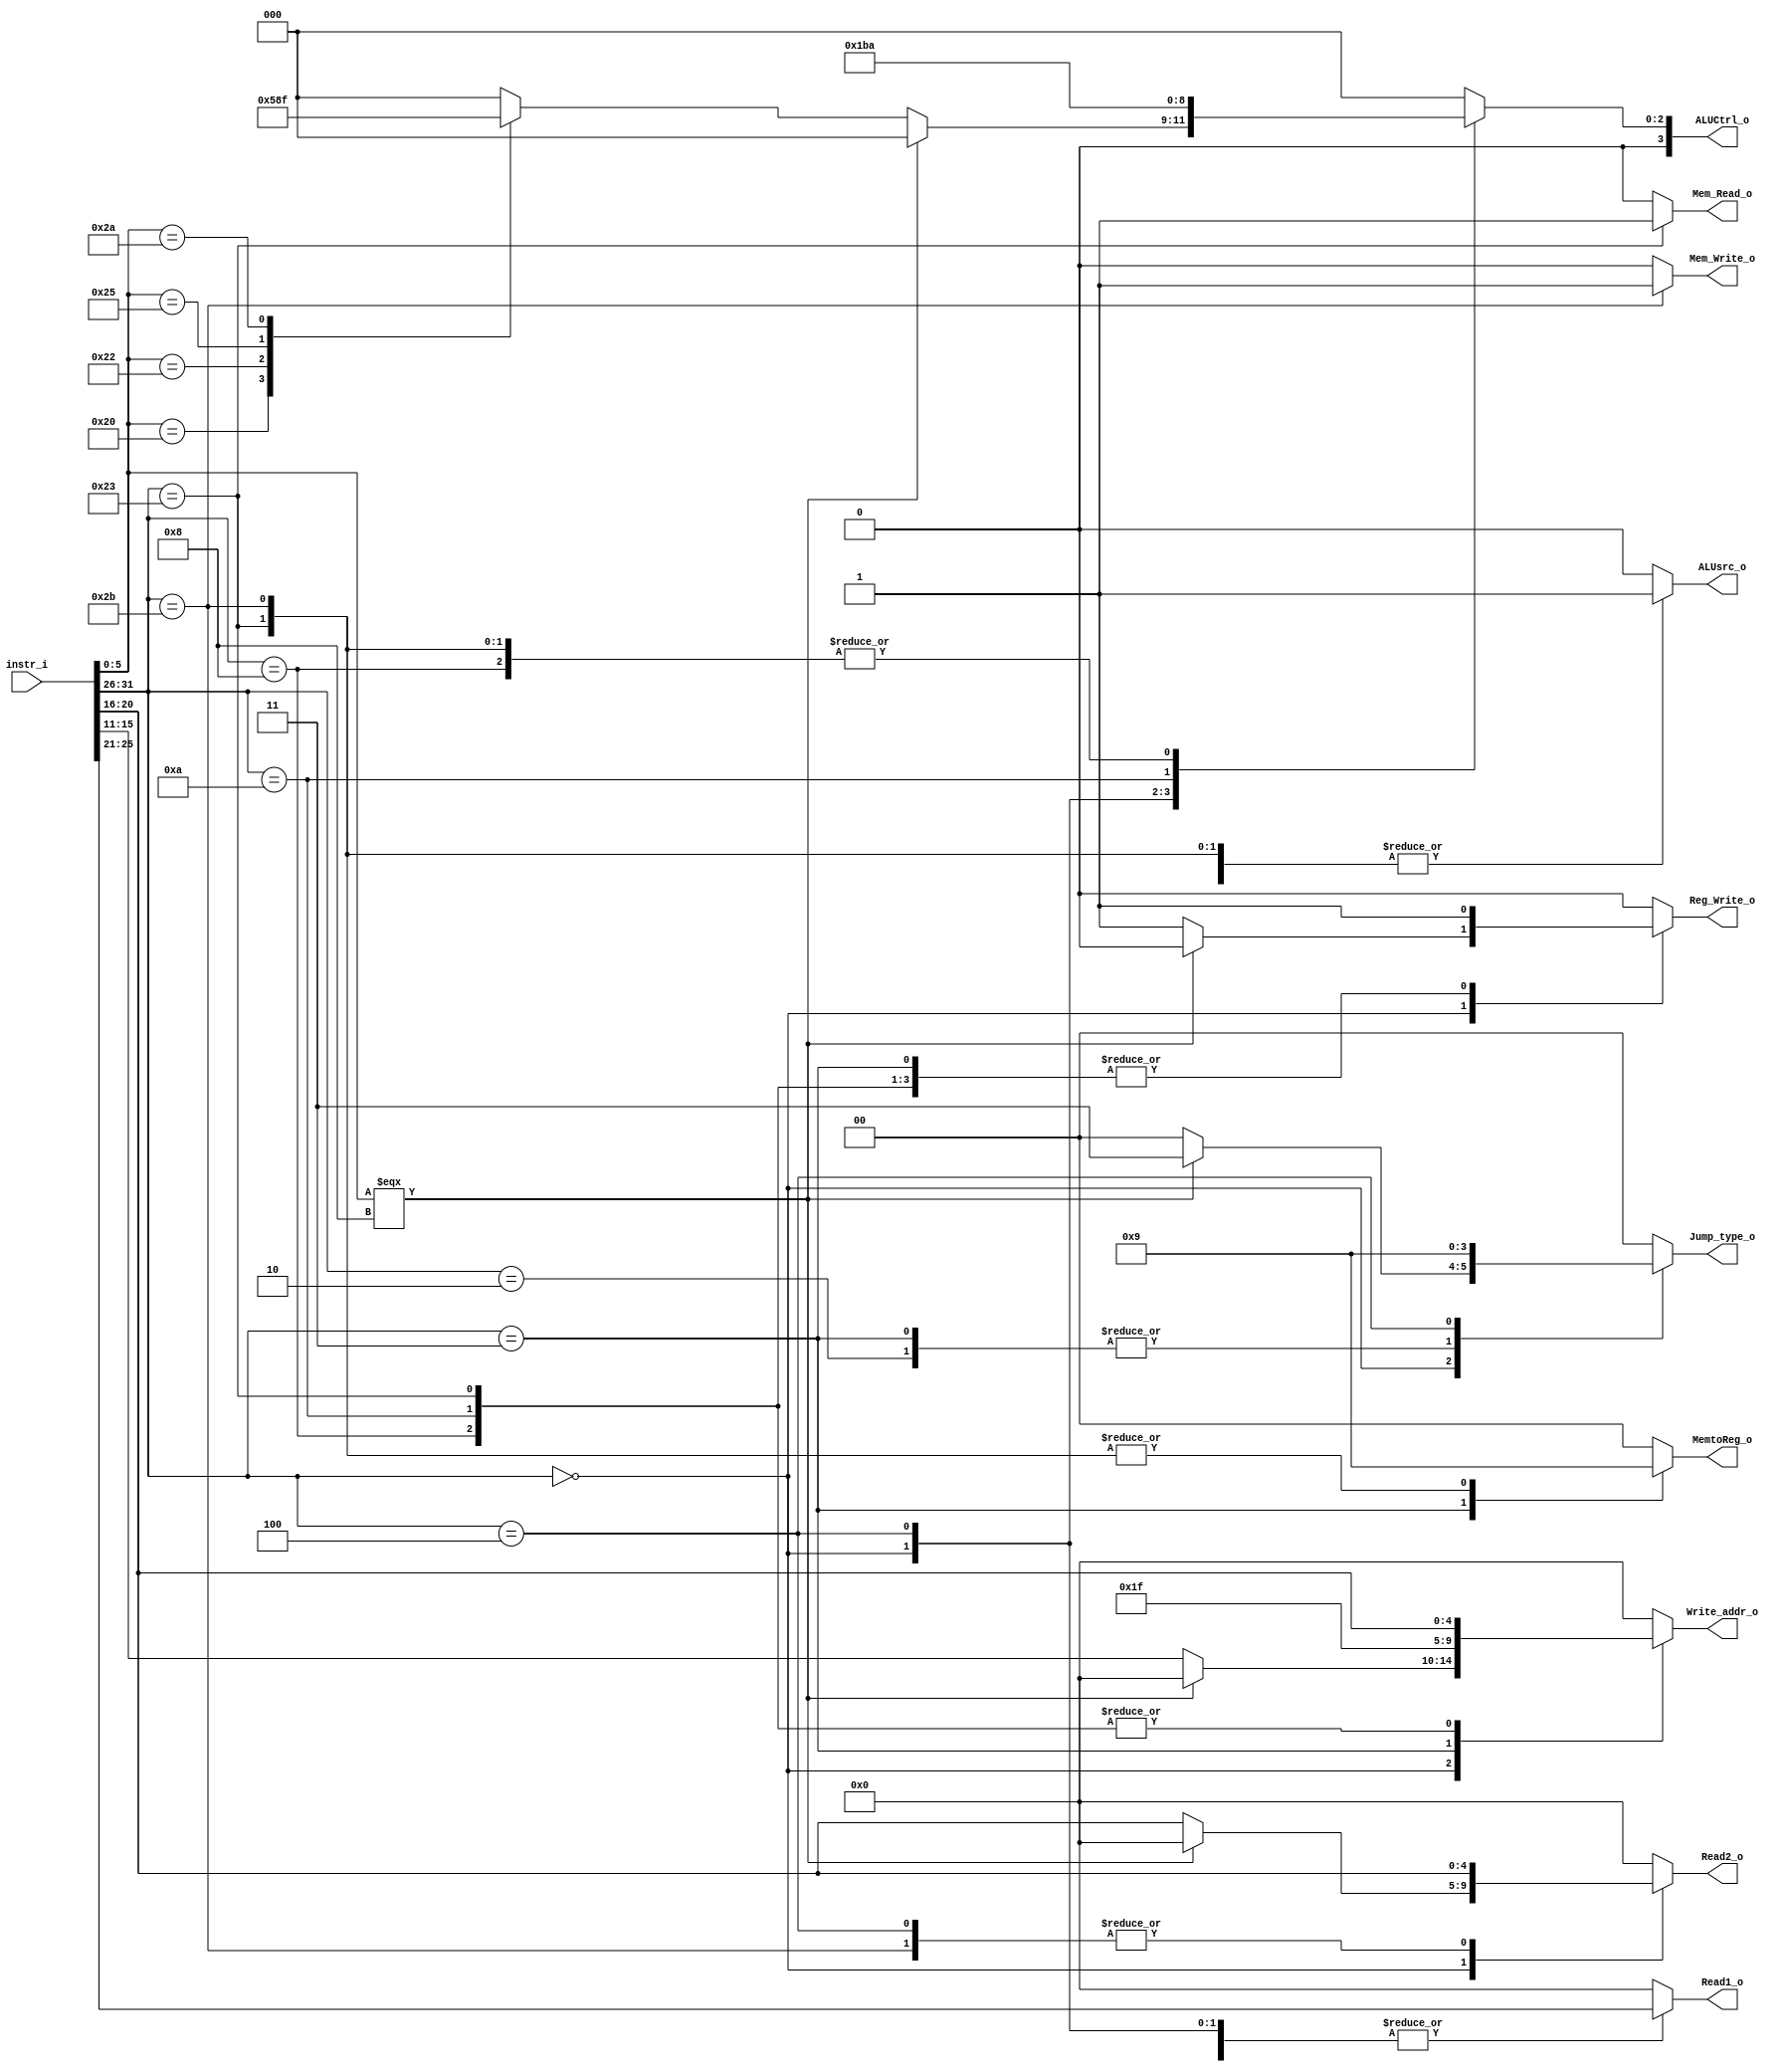
//Subject:     CO project 2 - Decoder
//--------------------------------------------------------------------------------
//Version:     1
//--------------------------------------------------------------------------------
//Writer:      110652011
//----------------------------------------------
//----------------------------------------------
//Description: 
//--------------------------------------------------------------------------------

module Decoder(
    instr_i,
	Jump_type_o,
	MemtoReg_o,
	Read1_o,
	Read2_o,
	Reg_Write_o,
	Write_addr_o,
	ALUCtrl_o,
	ALUsrc_o,
	Mem_Read_o,
	Mem_Write_o
	);
     
//I/O ports
input	[32-1:0]	instr_i;

output	[2-1:0]		Jump_type_o;
output	[2-1:0]		MemtoReg_o;     	// MUX the data to register write.
output	[5-1:0]		Read1_o, Read2_o;	// Read register
output	       		Reg_Write_o;
output	[5-1:0]		Write_addr_o;
output	[4-1:0]		ALUCtrl_o;
output	       		ALUsrc_o;
output	       		Mem_Read_o;
output	       		Mem_Write_o;
 
//Internal Signals
reg		[2-1:0]		Jump_type_o;
reg		[2-1:0]		MemtoReg_o;     	// MUX the data to register write.
reg		[5-1:0]		Read1_o, Read2_o; 	// Read register
reg		       		Reg_Write_o;
reg		[5-1:0]		Write_addr_o;
reg		[4-1:0]		ALUCtrl_o;
reg		       		ALUsrc_o;
reg		       		Mem_Read_o;
reg		       		Mem_Write_o;

//Parameter


//Main function

	always @(instr_i) begin
		case (instr_i[31:26])

			0: begin			 // R-type
				if (instr_i[5:0] === 8) begin			// jr
					Jump_type_o		<= 3;				// Jump_type -> jr
					MemtoReg_o		<= 0;
					Read1_o			<= instr_i[25:21];	// Read register[31]
					Read2_o			<= 0;
					Reg_Write_o		<= 0;
					Write_addr_o	<= 0;
					ALUCtrl_o		<= 0;
					ALUsrc_o		<= 0;
					Mem_Read_o		<= 0;
					Mem_Write_o		<= 0;
				end
				else begin
					Jump_type_o		<= 0;
					MemtoReg_o		<= 0;				// ALU_result
					Read1_o			<= instr_i[25:21];
					Read2_o			<= instr_i[20:16];
					Reg_Write_o		<= 1;
					Write_addr_o	<= instr_i[15:11];
					ALUsrc_o		<= 0;
					Mem_Read_o		<= 0;
					Mem_Write_o		<= 0;

					case (instr_i[5:0])
						32: ALUCtrl_o <= 2;     // add
						34: ALUCtrl_o <= 6;     // sub
						36: ALUCtrl_o <= 0;     // and
						37: ALUCtrl_o <= 1;     // or
						42: ALUCtrl_o <= 7;     // slt
						default: ALUCtrl_o = 0; // Should never meet
					endcase
				end
			end

			2: begin 			 	// Jump
				Jump_type_o		<= 2;
				MemtoReg_o		<= 0;
				Read1_o			<= 0;
				Read2_o			<= 0;
				Reg_Write_o		<= 0;
				Write_addr_o	<= 0;
				ALUCtrl_o		<= 0;
				ALUsrc_o		<= 0;
				Mem_Read_o		<= 0;
				Mem_Write_o		<= 0;
			end

			3: begin			 	// jal -> write pc to Reg[31] and {pc[31:28], address<<2} to pc
				Jump_type_o		<= 2;
				MemtoReg_o		<= 2;	// pc + 4
				Read1_o			<= 0;
				Read2_o			<= 0;
				Reg_Write_o		<= 1;
				Write_addr_o	<= 31;
				ALUCtrl_o		<= 0;
				ALUsrc_o		<= 0;
				Mem_Read_o		<= 0;
				Mem_Write_o		<= 0;
			end

			4: begin 			 	// beq
				Jump_type_o		<= 1;
				MemtoReg_o		<= 0;
				Read1_o			<= instr_i[25:21];
				Read2_o			<= instr_i[20:16];
				Reg_Write_o		<= 0;
				Write_addr_o	<= 0;
				ALUCtrl_o		<= 6;	// sub
				ALUsrc_o		<= 0;
				Mem_Read_o		<= 0;
				Mem_Write_o		<= 0;
			end

			8: begin 			 	// addi
				Jump_type_o		<= 0;
				MemtoReg_o		<= 0;	// 
				Read1_o			<= instr_i[25:21];
				Read2_o			<= 0;
				Reg_Write_o		<= 1;
				Write_addr_o	<= instr_i[20:16];
				ALUCtrl_o		<= 2;
				ALUsrc_o		<= 1;	// instruction
				Mem_Read_o		<= 0;
				Mem_Write_o		<= 0;
			end

			10: begin			 	// slti
				Jump_type_o		<= 0;
				MemtoReg_o		<= 0;
				Read1_o			<= instr_i[25:21];
				Read2_o			<= 0;
				Reg_Write_o		<= 1;
				Write_addr_o	<= instr_i[20:16];
				ALUCtrl_o		<= 7;
				ALUsrc_o		<= 1;
				Mem_Read_o		<= 0;
				Mem_Write_o		<= 0;
			end

			35: begin			 	// lw
				Jump_type_o		<= 0;
				MemtoReg_o		<= 1;
				Read1_o			<= instr_i[25:21];
				Read2_o			<= 0;
				Reg_Write_o		<= 1;
				Write_addr_o	<= instr_i[20:16];
				ALUCtrl_o		<= 2;
				ALUsrc_o		<= 1;
				Mem_Read_o		<= 1;
				Mem_Write_o		<= 0;
			end

			43: begin			 	// sw
				Jump_type_o		<= 0;
				MemtoReg_o		<= 1;
				Read1_o			<= instr_i[25:21];
				Read2_o			<= instr_i[20:16];
				Reg_Write_o		<= 0;
				Write_addr_o	<= 0;
				ALUCtrl_o		<= 2;	// add
				ALUsrc_o		<= 1;	// instruction
				Mem_Read_o		<= 0;
				Mem_Write_o		<= 1;
			end

			default: begin
				Jump_type_o		<= 0;
				MemtoReg_o		<= 0;
				Read1_o			<= 0;
				Read2_o			<= 0;
				Reg_Write_o		<= 0;
				Write_addr_o	<= 0;
				ALUCtrl_o		<= 0;
				ALUsrc_o		<= 0;
				Mem_Read_o		<= 0;
				Mem_Write_o		<= 0;
			end
		endcase
	end

endmodule